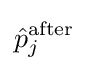
{\hat {p}}_{j}^{\mathrm {after} }